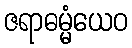
ဇရာဓမ္မံယေဝ